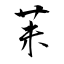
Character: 苿